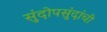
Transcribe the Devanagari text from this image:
सुंदोपसुंदांची